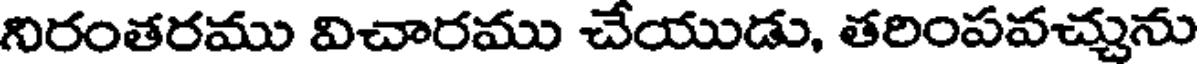
నిరంతరము విచారము చేయుడు, తరింపవచ్చును